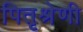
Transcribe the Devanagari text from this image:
पितृश्रेणी